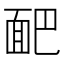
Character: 𩈆